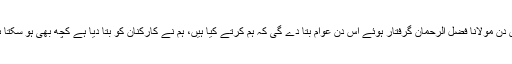
جس دن مولانا فضل الرحمان گرفتار ہوئے اس دن عوام بتا دے گی کہ ہم کرتے کیا ہیں، ہم نے کارکنان کو بتا دیا ہے کچھ بھی ہو سکتا ہے۔